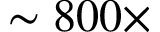
\sim 8 0 0 \times